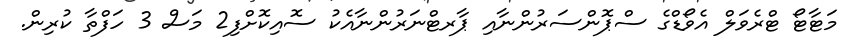
މަޓާޓޯ ޓްރެވަލް އެވޯޑްގެ ސްޕޮންސަރުންނާއި ޕާރޓްނަރުންނާއެކު ސޮއިކޮށްފި2 މަސް 3 ހަފްތާ ކުރިން.